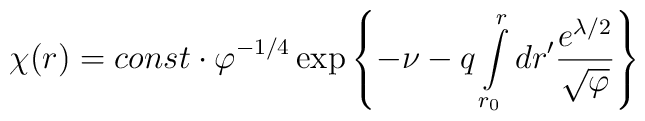
\chi(r)=const\cdot\varphi^{-1/4} \exp\left\{-\nu-q\int\limits_{r_0}^r dr'\frac{e^{\lambda/2}}{\sqrt{\varphi}}\right\}